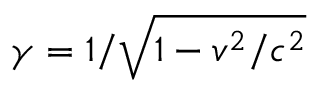
\gamma = 1 / \sqrt { 1 - v ^ { 2 } / c ^ { 2 } }